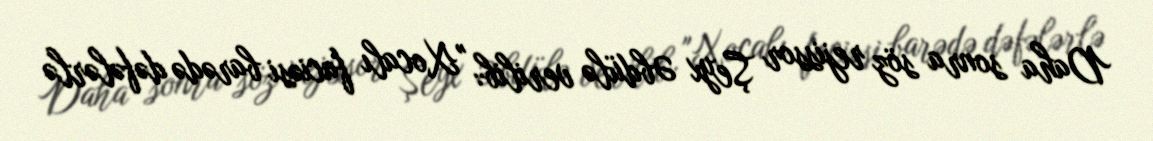
Daha sonra söz rejissor Şeyx Əbdülə verilib: "Xocalı faciəsi barədə dəfələrlə